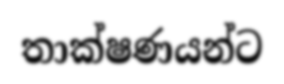
තාක්ෂණයන්ට